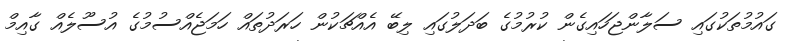
ގައުމުތަކުގައި ސަލާންޖަހައިގެން ކުރުމުގެ ބަދަލުގައި ލިބޭ އެއްޗަކުން ހަރަދުތައް ހަމަޖެއްސުމުގެ އުސޫލެއް ގާއިމް